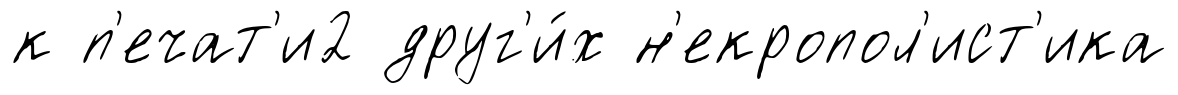
к п'ечат'и2 друг'и́х н'екропол'ист'ика